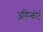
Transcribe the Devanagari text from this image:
अगिन्कोर्ट